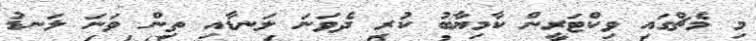
މި މެޗްގައި ވިކްޓަރީން ކާމިޔާބު ކުރި ދެވަނަ ލަނޑާއި ތިން ވަނަ ލަނޑު